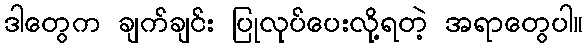
ဒါတွေက ချက်ချင်း ပြုလုပ်ပေးလို့ရတဲ့ အရာတွေပါ။